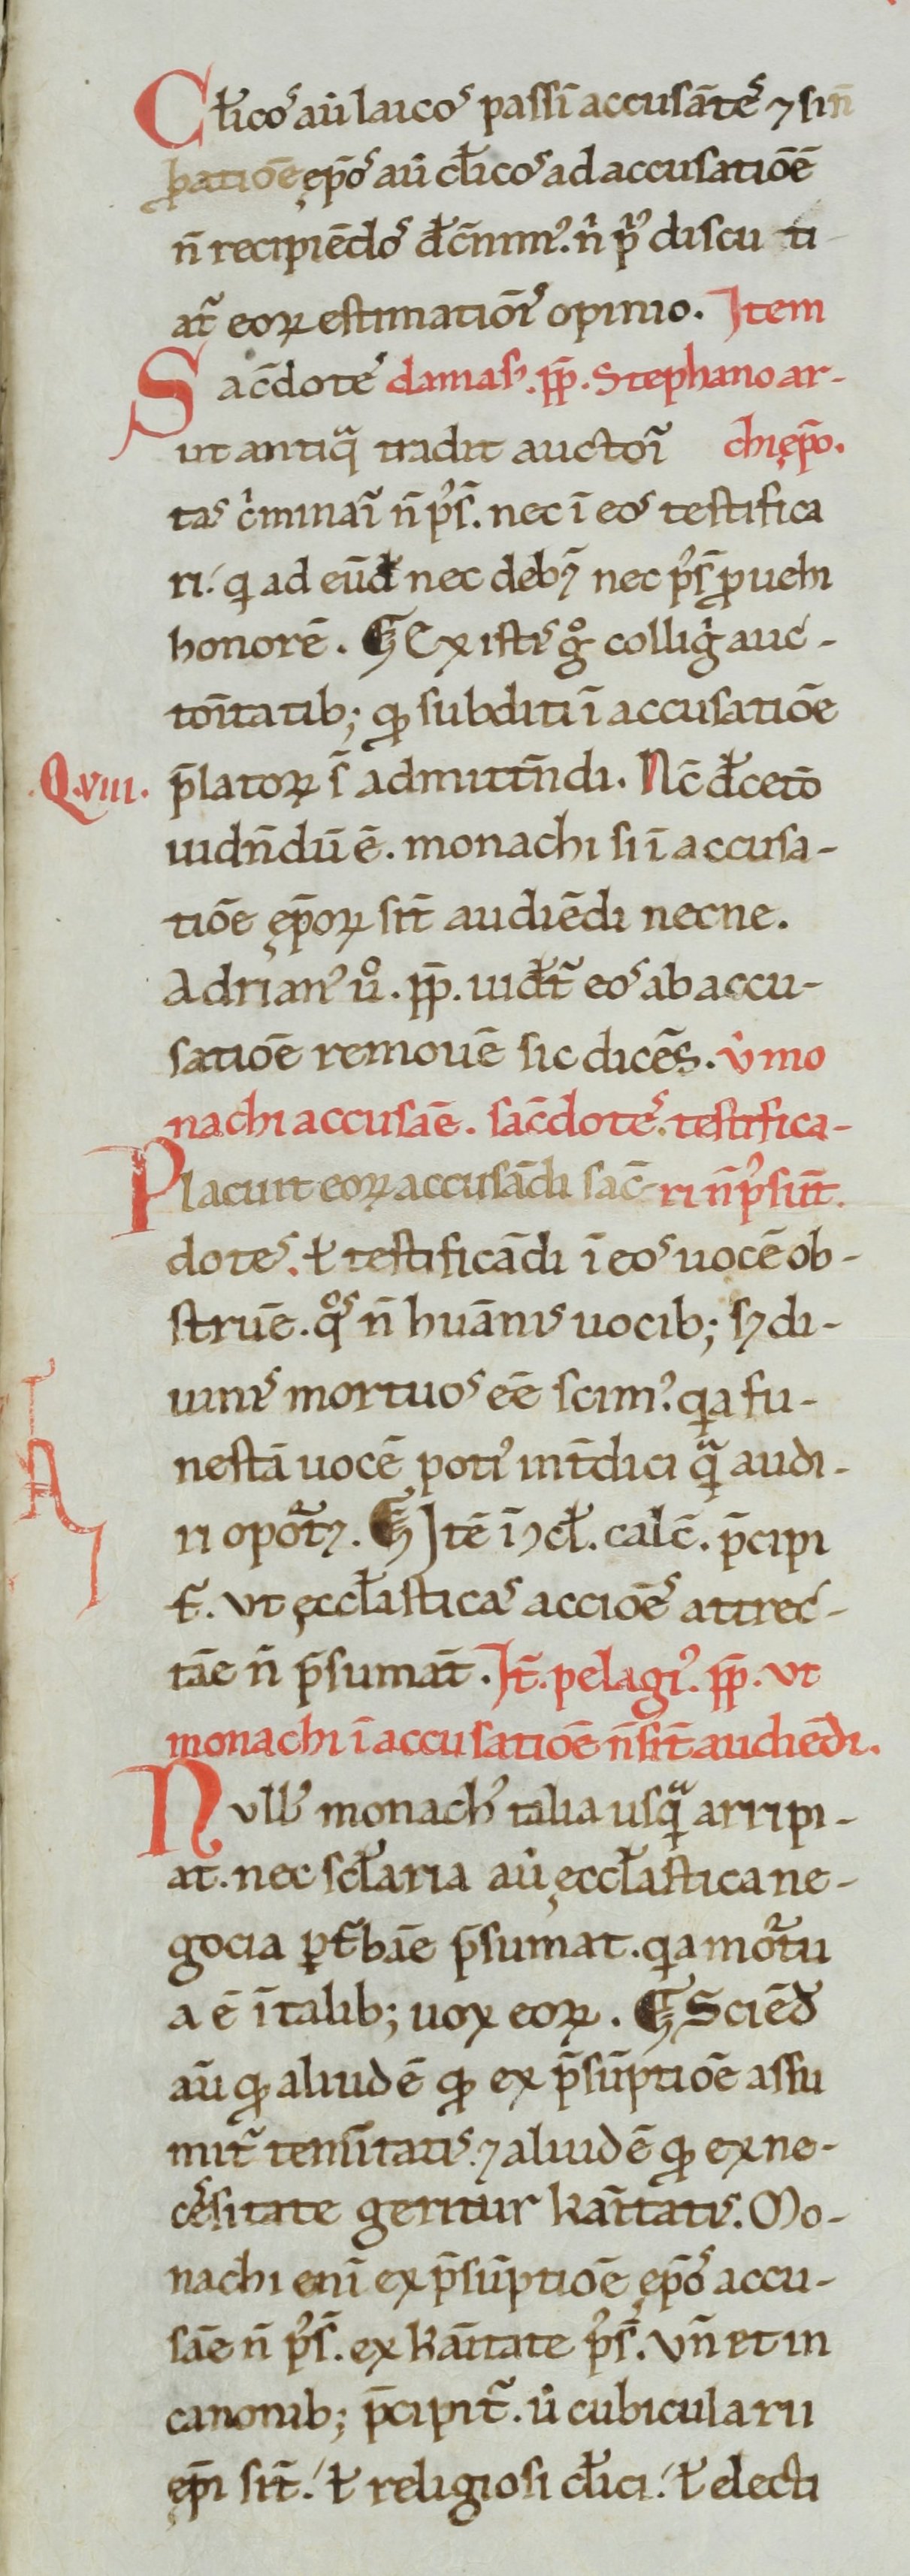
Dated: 1100–1199